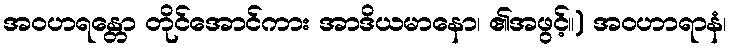
အဝဟရန္တော တိုင်အောင်ကား အာဒိယမာနော၊ ၏အဖွင့်။) အဝဟာရာနံ၊